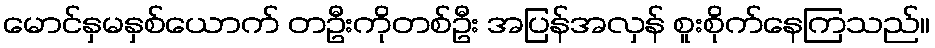
မောင်နှမနှစ်ယောက် တဦးကိုတစ်ဦး အပြန်အလှန် စူးစိုက်နေကြသည်။